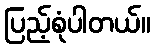
ပြည့်စုံပါတယ်။